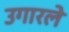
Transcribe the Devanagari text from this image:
उगारले